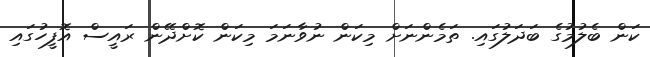
ކަން ބެލުމުގެ ބަދަލުގައި. ތަމެންނަށް މިކަން ނުވާނަމަ މިކަން ކޮށްދޭން ރައީސް އޮފީހުގައި